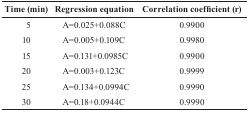
<table><thead><tr><td><b>Time (min)</b></td><td><b>Regression equation</b></td><td><b>Correlation coefficient (r)</b></td></tr></thead><tbody><tr><td>5</td><td>A=0.025+0.088C</td><td>0.9900</td></tr><tr><td>10</td><td>A=0.005+0.109C</td><td>0.9980</td></tr><tr><td>15</td><td>A=0.131+0.0985C</td><td>0.9900</td></tr><tr><td>20</td><td>A=0.003+0.123C</td><td>0.9999</td></tr><tr><td>25</td><td>A=0.134+0.0994C</td><td>0.9990</td></tr><tr><td>30</td><td>A=0.18+0.0944C</td><td>0.9990</td></tr></tbody></table>